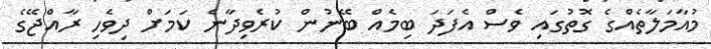
މުއާމަލާތެއްގެ ގޮތުގައި ވެސް އެފަދަ ބިމެއް ބޭނުން ކުރެވިދާނެ ކަމަށް ދިވެހި ރާއްޖޭގެ